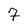
Character: 7